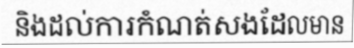
និងដល់ការកំណត់សងដែលមាន